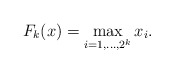
\begin{align*}F_k(x) = \max_{i=1,\ldots, 2^k} x_i.\end{align*}